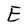
Character: E